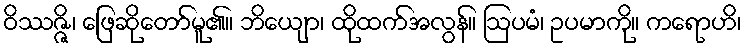
ဝိဿဇ္ဇိ၊ ဖြေဆိုတော်မူ၏။ ဘိယျော၊ ထိုထက်အလွန်။ ဩပမံ၊ ဥပမာကို။ ကရောဟိ၊